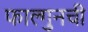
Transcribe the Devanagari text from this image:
फाल्गुनची